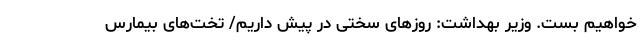
خواهیم بست. وزیر بهداشت: روزهای سختی در پیش داریم/ تخت‌های بیمارس